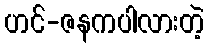
ဟင်-ဇနကပါလားတဲ့